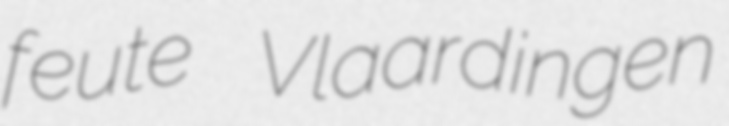
feute Vlaardingen